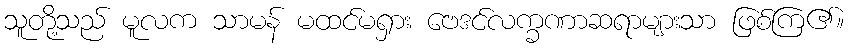
သူတို့သည် မူလက သာမန် မထင်မရှား ဗေဒင်လက္ခဏာဆရာများသာ ဖြစ်ကြ၏။